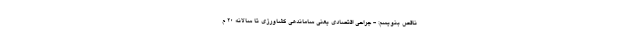
ناقص بنویسم: - جراحی اقتصادی یعنی ساماندهی کشاورزی تا سالانه ۲۰ م